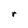
Character: r